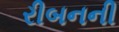
રીબનની